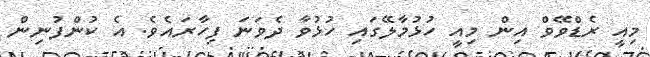
މިއީ ރެޑްވޭވް އިން މިއީ ހުޅުމާލޭގައި ހުޅުވާ ދެވަނަ ފިހާރައެވެ. އެ ކުންފުނިން